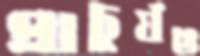
প্রাচুর্যও